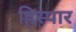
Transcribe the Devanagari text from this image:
हिस्पार